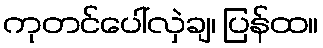
ကုတင်ပေါ်လှဲချ၊ ပြန်ထ။